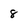
Character: 8